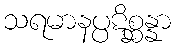
သရမာနပ္ပဋိစ္ဆန္နာ